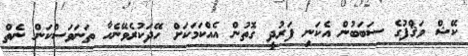
ކޭޝް ވަޤްފުގެ ސަބަބުން އެކަނި ފަރުދީ ގޮތުން އެއްކަމަކަށް ހޭދަކުރެވޭނެހާ ތަނަވަސްކަން ނެތް